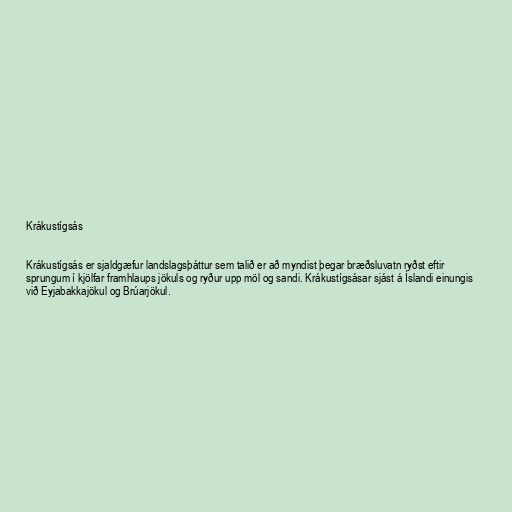
Krákustígsás

Krákustígsás er sjaldgæfur landslagsþáttur sem talið er að myndist þegar bræðsluvatn ryðst eftir
sprungum í kjölfar framhlaups jökuls og ryður upp möl og sandi. Krákustígsásar sjást á Íslandi einungis
við Eyjabakkajökul og Brúarjökul.